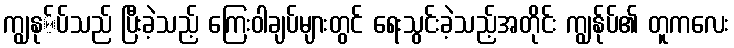
ကျွနု်ပ်သည် ပြီးခဲ့သည့် ကြေးဝါချပ်များတွင် ရေးသွင်းခဲ့သည့်အတိုင်း ကျွနု်ပ်၏ တူကလေး